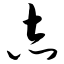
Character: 志